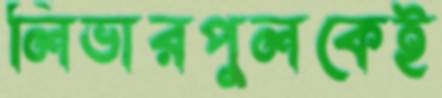
লিভারপুলকেই